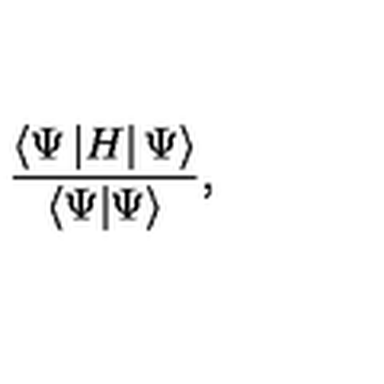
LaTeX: \frac { \langle \Psi \left| H \right| \Psi \rangle } { \langle \Psi | \Psi \rangle } ,